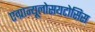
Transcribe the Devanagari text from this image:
एग्रान्यूलोसयटोसिस